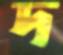
দ